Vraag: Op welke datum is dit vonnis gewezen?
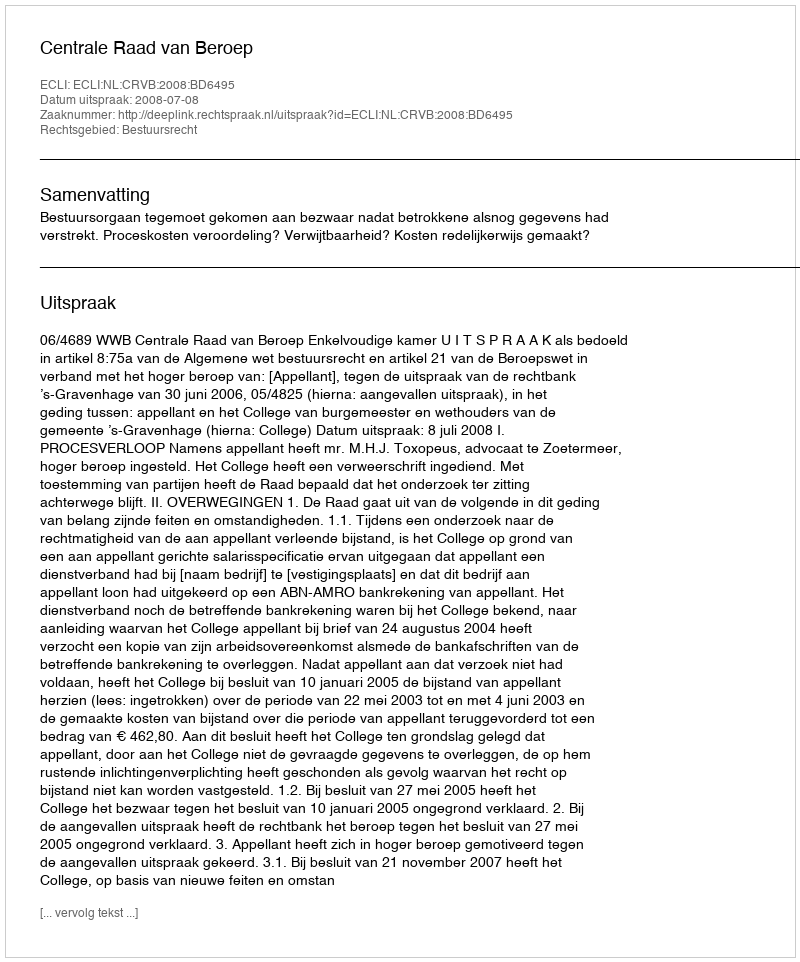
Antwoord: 2008-07-08